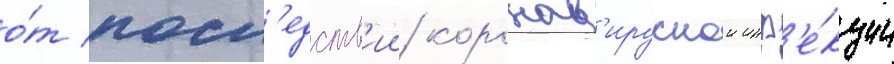
о́т посл'едств'ии коронав'ируснои инф'е́кции